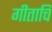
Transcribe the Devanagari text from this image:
गीताचि